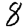
Digit: 8